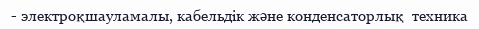
- электроқшауламалы, кабельдік және конденсаторлық  техника